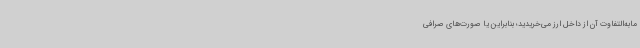
مابه‌التفاوت آن از داخل ارز می‌خریدید؛ بنابراین یا صورت‌های صرافی